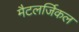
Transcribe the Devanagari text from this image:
मैटलर्जिकल